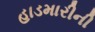
હાડમારીની